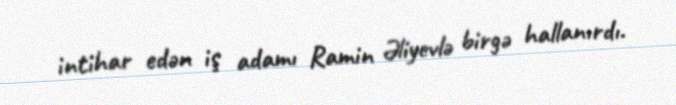
intihar edən iş adamı Ramin Əliyevlə birgə hallanırdı.